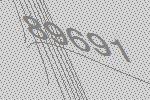
89691